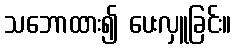
သဘောထား၍ ပေးလှူခြင်း။